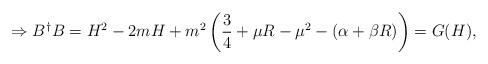
LaTeX: \begin{align*}\Rightarrow B^{\dagger}B= H^{2}-2m H + m^{2}\left( \frac{3}{4}+\mu R - \mu^{2}- (\alpha +\beta R)\right)= G(H),\end{align*}